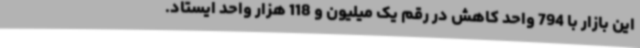
این بازار با 794 واحد کاهش در رقم یک میلیون و 118 هزار واحد ایستاد.